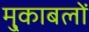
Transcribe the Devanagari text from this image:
मु्काबलों